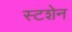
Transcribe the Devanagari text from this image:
स्टशेन